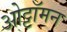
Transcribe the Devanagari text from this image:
ओट्टॉमन